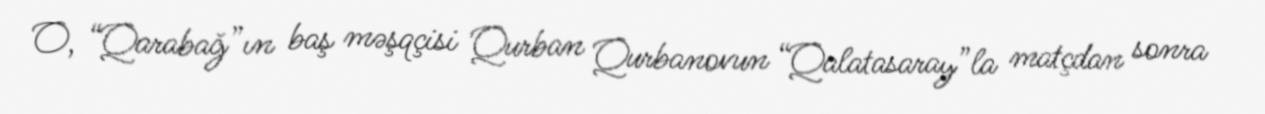
O, “Qarabağ”ın baş məşqçisi Qurban Qurbanovun “Qalatasaray”la matçdan sonra